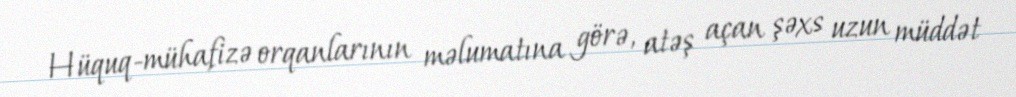
Hüquq-mühafizə orqanlarının məlumatına görə, atəş açan şəxs uzun müddət